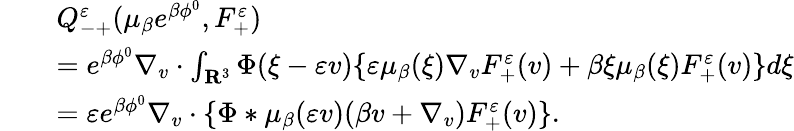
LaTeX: \begin{array}{rl}&{Q_{-+}^{\varepsilon}(\mu_{\beta}e^{\beta\phi^{0}},F_{+}^{\varepsilon})}\\ {\quad}&{=e^{\beta\phi^{0}}\nabla_{v}\cdot\int_{\mathbf R^{3}}\Phi(\xi-\varepsilon v)\{ \varepsilon\mu_{\beta}(\xi)\nabla_{v}F_{+}^{\varepsilon}(v)+\beta\xi\mu_{\beta}(\xi)F_{+}^{\varepsilon}(v)\} d\xi}\\ {\quad}&{=\varepsilon e^{\beta\phi^{0}}\nabla_{v}\cdot\{ \Phi*\mu_{\beta}(\varepsilon v)(\beta v+\nabla_{v})F_{+}^{\varepsilon}(v)\} .}\end{array}